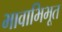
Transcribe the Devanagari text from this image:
भावाभिभूत